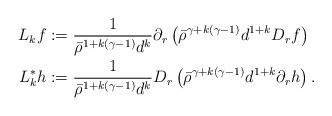
LaTeX: \begin{align*}L_k f &:=\frac{1}{\bar{\rho}^{1+k(\gamma-1)} d^k} \partial_r \left( \bar{\rho}^{\gamma+k(\gamma-1)} d^{1+k} D_r f \right) \\L_k^* h &:= \frac{1}{\bar{\rho}^{1+k(\gamma-1)} d^k} D_r \left( \bar{\rho}^{\gamma+k(\gamma-1)} d^{1+k} \partial_r h \right). \end{align*}